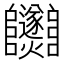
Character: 𨽵